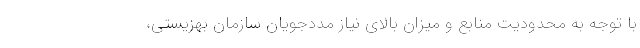
با توجه به محدودیت منابع و میزان بالای نیاز مددجویان سازمان بهزیستی،